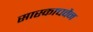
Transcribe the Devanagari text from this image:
सास्काचवैन